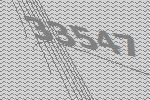
33547